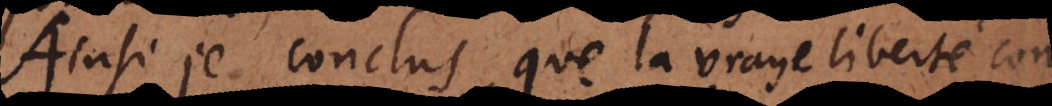
je conclus, que la vraye liberté con